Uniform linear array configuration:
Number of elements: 32
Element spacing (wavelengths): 0.75
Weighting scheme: cosine
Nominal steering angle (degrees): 45
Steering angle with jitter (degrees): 44.153
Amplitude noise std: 0.05
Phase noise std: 0.05

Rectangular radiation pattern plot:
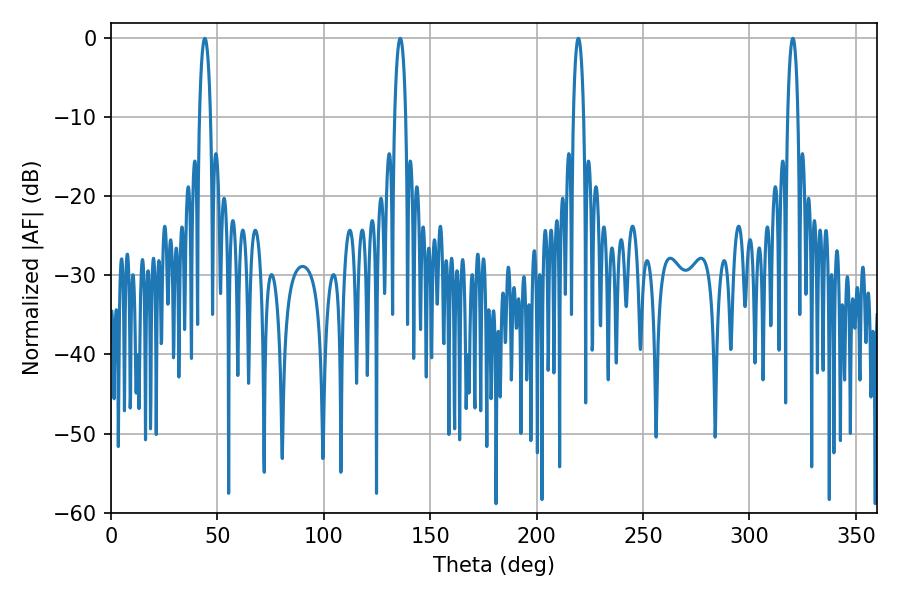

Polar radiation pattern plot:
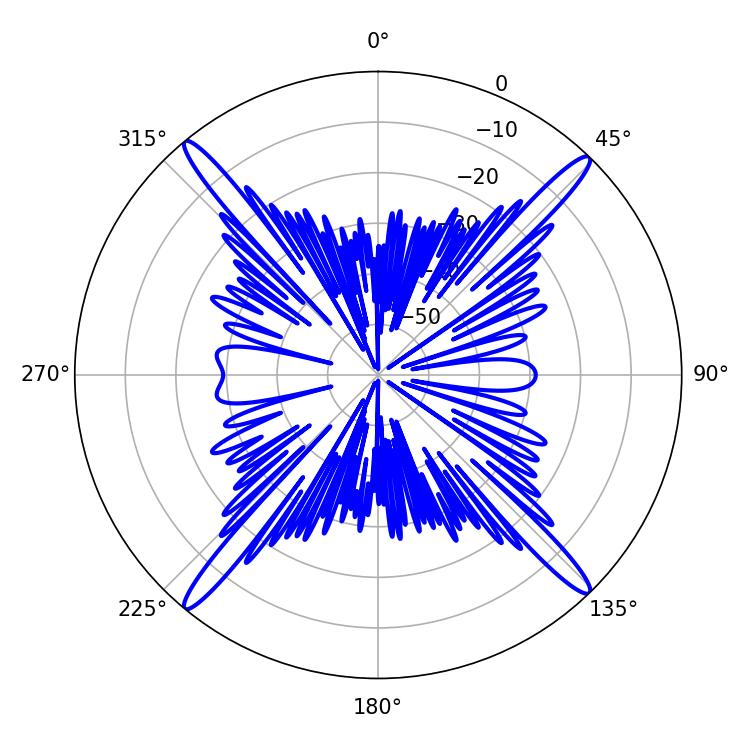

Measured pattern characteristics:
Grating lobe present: TRUE
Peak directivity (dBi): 22.407
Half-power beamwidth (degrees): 2.7
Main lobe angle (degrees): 219.6